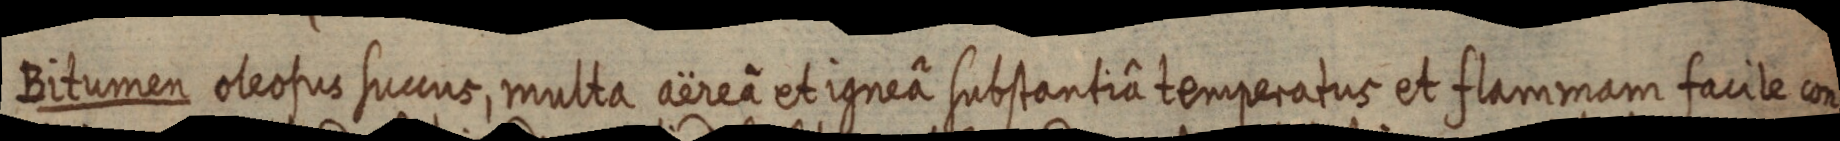
Bitumen oleosus succus, multa aëreâ et igneâ substantiâ temperatus et flammam facile con